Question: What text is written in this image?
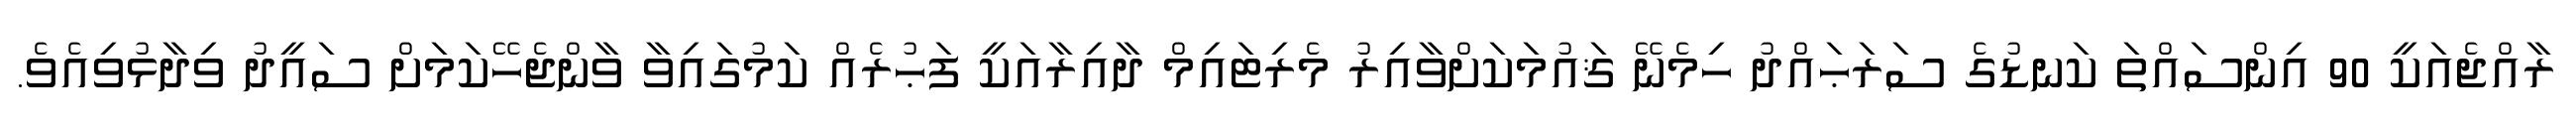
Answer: ރާއްޖެއަކީ 90 އިންސައްތަ ކަނޑުގެ ސަރަޙައްދު ހިމެނޭ ޤައުމަކަށްވާއިރު މެރިޓައިމް ދާއިރާއަކީ ފަޙުރެއް ކަމުގައިވާ ވާންޖެހޭކަމަށް ސައީދު ވިދާޅުވިއެވެ.